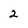
Character: 2